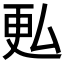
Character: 𫨨